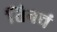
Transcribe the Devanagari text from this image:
तिनचं